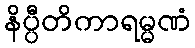
နိပ္ပီတိကာရမ္မဏံ